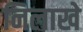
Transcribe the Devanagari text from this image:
निलाखे